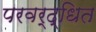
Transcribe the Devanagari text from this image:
परवर्द्धित